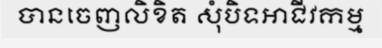
បានចេញលិខិត សុំបិទអាជីវកម្ម